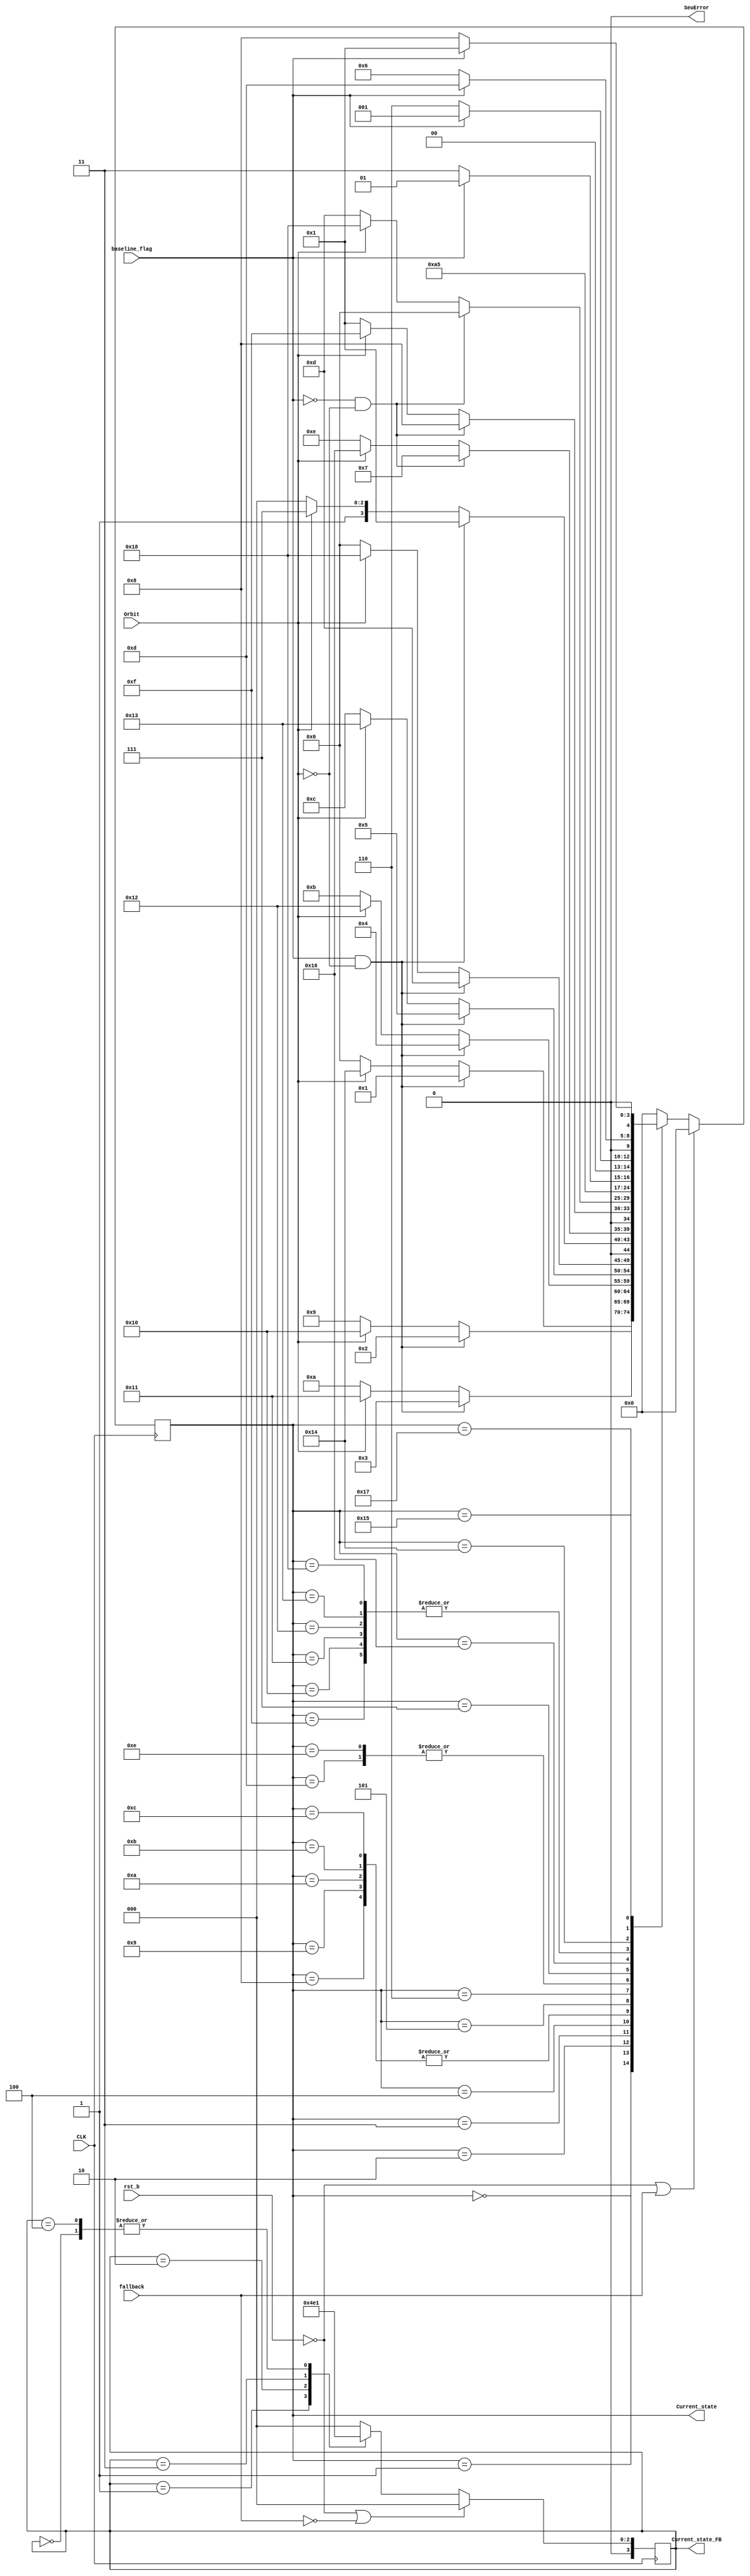
// *************************************************************************************************
//                              -*- Mode: Verilog -*-
//	Module:	FSM_encoder
//	
//	Input:	- CLK: LiTe-DTU clock
//		- reset: 1'b0 LiTe-DTU INACTIVE- 1'b1: LiTe-DTU ACTIVE
//		- baseline_flag: 6/13 bits
//
//	Output:	- Current_state
//		- tmrError
//
//	 4.02.21 : Manual triplication removed - Gianni
//
// *************************************************************************************************

`timescale	 1ps/1ps
module LDTU_FSM(
		   CLK,
		   rst_b,
		   fallback,
		   Orbit,
		   baseline_flag,
		   Current_state,
		   Current_state_FB,
		   SeuError
		   );

   parameter SIZE=4;
   parameter IDLE=4'b0000;
   parameter bas_0=4'b0001;
   parameter bas_1=4'b0010;
   parameter bas_2=4'b0011;
   parameter bas_3=4'b0100;
   parameter bas_4=4'b0101;
   parameter sign_0=4'b0110;
   parameter sign_1=4'b0111;
   parameter bas_0_bis=4'b1000;
   parameter bas_1_bis=4'b1001;
   parameter bas_2_bis=4'b1010;
   parameter bas_3_bis=4'b1011;
   parameter bas_4_bis=4'b1100;
   parameter sign_0_bis=4'b1101;
   parameter sign_1_bis=4'b1110;
///////////////////////////////////////////////
   parameter bc0_0      = 5'b01111;
   parameter bc0_1      = 5'b10000;
   parameter bc0_2      = 5'b10001;
   parameter bc0_3      = 5'b10010;
   parameter bc0_4      = 5'b10011;
   parameter header     = 5'b10100;
   parameter header_b0  = 5'b10101;
   parameter bc0_s0     = 5'b10110;
   parameter header_s0  = 5'b10111;
   parameter bc0_s0_bis = 5'b11000;

   input CLK;
   input rst_b;
   input fallback;
   input Orbit;
   input baseline_flag;
   output reg [SIZE:0] Current_state;
   output 	       SeuError;

   reg [SIZE:0]        nState;
   wire[SIZE:0]        nStateVoted = nState;

//////////////////////////////////////////////////////
//Fallback registers
   parameter SIZE_FB=3;
   output reg [SIZE_FB:0] Current_state_FB;

   reg [SIZE_FB:0]     nState_FB;
   wire[SIZE_FB:0]     nState_FBVoted = nState_FB;
   
   parameter IDLE_FB=3'b000;
   parameter data_odd=3'b001;
   parameter latency1=3'b010;
   parameter data_even=3'b011;
   parameter latency2=3'b100;
   
/////////////////////////////////////////////////////

   wire 	       tmrError = 1'b0;
   wire 	       tmrErrorVoted = tmrError;
   assign SeuError = tmrErrorVoted;

   //Standard FSM
   always @( posedge CLK ) begin : FSM_SEQ
      if (rst_b==1'b0 || fallback==1'b1) begin
	 Current_state <= IDLE;
      end else begin
	 Current_state <= nStateVoted;
      end
   end

   always @( Current_state or baseline_flag or Orbit ) begin : FSM_COMB
      nState = IDLE;
       case (Current_state)		  
	IDLE : 
	  begin
	     if (baseline_flag==1'b1 && Orbit == 1'b0)
	       nState = bas_0;	     
	     else if (Orbit == 1'b1)
	       nState = header;	     
	     else
	       nState = sign_0;
	  end
	bas_0_bis : //**********************
	  begin
	     if (baseline_flag==1'b1 && Orbit == 1'b0)
	       nState = sign_0_bis;
             else if(Orbit == 1'b1)
               nState = bc0_s0_bis;		        
	     else
	       nState = sign_0;
	  end
	bas_0 : ///////////////////////////
	  begin
	     if (baseline_flag==1'b1 && Orbit == 1'b0)
	       nState = bas_1;
	     else if(Orbit == 1'b1)
	       nState = bc0_1;
	     else
	       nState = bas_1_bis;
	  end
	bas_1_bis : //**********************
	  begin
	     if (baseline_flag==1'b1 && Orbit == 1'b0)
	       nState = sign_0_bis;
	     else if(Orbit == 1'b1)
               nState = bc0_s0_bis;
	     else
	       nState = sign_0;
	  end
	bas_1 : ////////////////////////////////
	  begin
	     if (baseline_flag==1'b1 && Orbit == 1'b0)
	       nState = bas_2;
	     else if(Orbit == 1'b1)
	       nState = bc0_2;
	     else
	       nState = bas_2_bis;
	  end
	
	bas_2_bis : //**********************
	  begin
	     if (baseline_flag==1'b1  && Orbit == 1'b0)
	       nState = sign_0_bis;
	     else if(Orbit == 1'b1)
               nState = bc0_s0_bis;	     
	     else
	       nState = sign_0;
	  end
	bas_2 : ///////////////////////////
	  begin
	     if (baseline_flag==1'b1  && Orbit == 1'b0)
	       nState = bas_3;
	     else if(Orbit == 1'b1)
	       nState = bc0_3;
	     else
	       nState = bas_3_bis;
	  end
	bas_3_bis : //**********************
	  begin
	     if (baseline_flag==1'b1 && Orbit == 1'b0)
	       nState = sign_0_bis;
	     else if(Orbit == 1'b1)
               nState = bc0_s0_bis;
	     else
	       nState = sign_0;
	  end
	bas_3 : ////////////////////////////
	  begin
	     if (baseline_flag==1'b1  && Orbit == 1'b0)
	       nState = bas_4;
	     else if(Orbit == 1'b1)
	       nState = bc0_4;
	     else
	       nState = bas_4_bis;
	  end
	bas_4_bis : //**********************
	  begin
	     if (baseline_flag==1'b1  && Orbit == 1'b0)
	       nState = sign_0_bis;
	     else if(Orbit == 1'b1)
               nState = bc0_s0_bis;
	     else
	       nState = sign_0;
	  end
	bas_4 : /////////////////////////////////
	  begin
	     if (baseline_flag==1'b1  && Orbit == 1'b0)
	       nState = bas_0;
	     else if(Orbit == 1'b1)
	       nState = bc0_0;
	     else
	       nState = bas_0_bis;
	  end
	sign_0_bis : //sssssssssssssssssssssssssssss
	  begin
	     if (baseline_flag==1'b0 && Orbit == 1'b0)
	       nState = bas_0_bis;	
             else if( Orbit == 1'b1)
               nState = bc0_0;	   
	     else
	       nState = bas_0;
	  end
	sign_0 : //s22222222222222222222222222222222222
	  begin
	     if (baseline_flag==1'b0  && Orbit == 1'b0)
	       nState = sign_1;
             else if(Orbit == 1'b1)
               nState = bc0_s0;				
	     else
	       nState = sign_1_bis;
	  end
	sign_1_bis : //sssssssssssssssssssssssssssss
	  begin
	     if (baseline_flag==1'b0 && Orbit == 1'b0)
	       nState = bas_0_bis;
             else if( Orbit == 1'b1)
               nState = bc0_0;			       
	     else
	       nState = bas_0;
	  end
	sign_1 : //s11111111111111111111111111111111
	  begin
	     if (baseline_flag==1'b0 && Orbit == 1'b0)
	       nState = sign_0;
	     else if( Orbit == 1'b1)
               nState = bc0_s0_bis;				     
	     else
	       nState = sign_0_bis;
	  end

	
	bc0_0 :
	  begin
	     if (baseline_flag==1'b0)
	       nState = header_s0;
	     else
	       nState = header_b0;
	  end

	bc0_1 :
	  begin
	     if (baseline_flag==1'b0)
	       nState = header_s0;
	     else
	       nState = header_b0;
	  end

	bc0_2 :
	  begin
	     if (baseline_flag==1'b0)
	       nState = header_s0;
	     else
	       nState = header_b0;
	  end
	
	bc0_3 :
	  begin
	     if (baseline_flag==1'b0)
	       nState = header_s0;
	     else
	       nState = header_b0;
	  end

	bc0_4 :
	  begin
	     if (baseline_flag==1'b0)
	       nState = header_s0;
	     else
	       nState = header_b0;
	  end		       
	
	bc0_s0:
	  begin
	       nState = header;
	  end
	
	bc0_s0_bis :
	  begin
	     if (baseline_flag==1'b0)
	       nState = header_s0;
	      else
	       nState = header_b0;	     
	  end
	
	header :
	  begin
	     if (baseline_flag==1'b0)
	       nState = sign_0;
	     else
	       nState = bas_0;
	  end

	
	header_s0 :
	  begin
	     if (baseline_flag==1'b0)
	       nState = sign_0;
	     else
	       nState = sign_0_bis;
	  end


	header_b0 :
	  begin
	     if (baseline_flag==1'b0)
	       nState = bas_0_bis;
	     else
	       nState = bas_0;
	  end

	default : nState = IDLE;
      endcase
   end



   //FALLBACK FSM
      always @( posedge CLK ) begin : FSM_SEQ_FB
      if (rst_b==1'b0 || fallback==1'b0) begin
	 Current_state_FB <= IDLE_FB;
      end else begin
	 Current_state_FB <= nState_FBVoted;
      end
   end



   always @( Current_state_FB or Orbit ) begin : FSM_COMB_FB
      nState_FB = IDLE_FB;
      
      case (Current_state_FB)
	IDLE_FB :
	  begin
	       nState_FB = data_odd;
	  end 

	data_odd:
	  begin
	     nState_FB = latency1;
	  end
	
        latency1:
	  begin
	     nState_FB = data_even;
	  end

	data_even:
	  begin
	     nState_FB = latency2;
	  end

	latency2:
	  begin
	     nState_FB = data_odd;
	  end
       
	default : nState_FB = IDLE_FB;
	
      endcase // case (Current_state)
   end // block: FSM_COMB_FB

endmodule